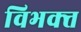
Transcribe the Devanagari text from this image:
विभक्त्त